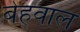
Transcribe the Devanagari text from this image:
बेहवाल